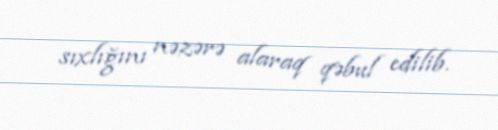
sıxlığını nəzərə alaraq qəbul edilib.